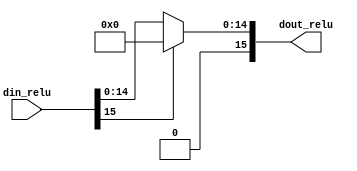
`timescale 1ns / 1ps

module relu #(parameter N = 16)(
    input [N-1:0] din_relu,
    output [N-1:0] dout_relu
    );
assign dout_relu = (din_relu[N-1] == 0)? din_relu : 0;

endmodule